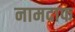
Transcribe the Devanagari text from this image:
नामदाफ